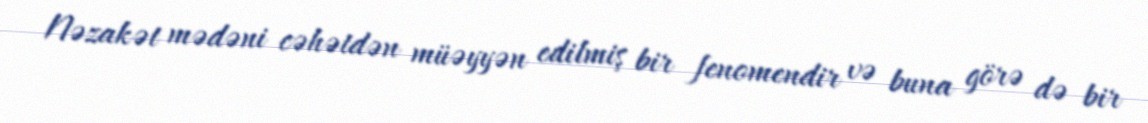
Nəzakət mədəni cəhətdən müəyyən edilmiş bir fenomendir və buna görə də bir